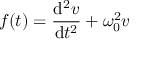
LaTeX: f ( t ) = { \frac { \mathrm { d } ^ { 2 } v } { \mathrm { d } t ^ { 2 } } } + \omega _ { 0 } ^ { 2 } v